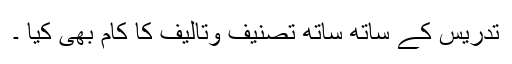
تدریس کے ساتھ ساتھ تصنیف وتالیف کا کام بھی کیا ۔